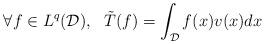
LaTeX: \begin{align*}\forall f \in L^q(\mathcal{D}), \ \ \tilde{T}(f) = \int_{\mathcal{D}}f(x)v(x)dx\end{align*}